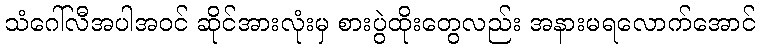
သံဂေါ်လီအပါအဝင် ဆိုင်အားလုံးမှ စားပွဲထိုးတွေလည်း အနားမရလောက်အောင်